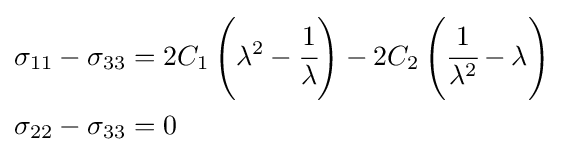
{\begin{aligned}\sigma _{11}-\sigma _{33}&=2C_{1}\left(\lambda ^{2}-{\cfrac {1}{\lambda }}\right)-2C_{2}\left({\cfrac {1}{\lambda ^{2}}}-\lambda \right)\\\sigma _{22}-\sigma _{33}&=0\end{aligned}}